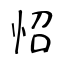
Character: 怊